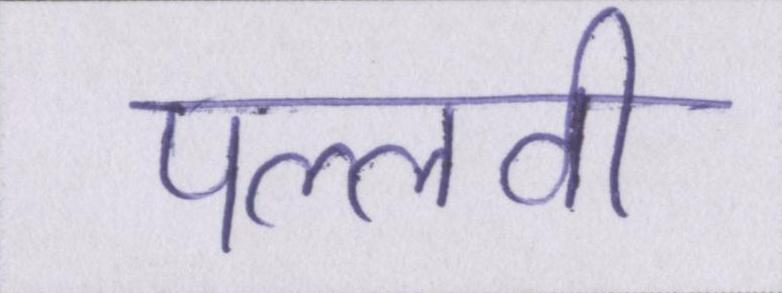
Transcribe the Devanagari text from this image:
पल्लवी